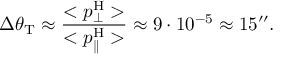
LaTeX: \Delta \theta _ { \mathrm { { T } } } \approx \frac { < p _ { \bot } ^ { \mathrm { { H } } } > } { < p _ { \parallel } ^ { \mathrm { { H } } } > } \approx 9 \cdot 1 0 ^ { - 5 } \approx 1 5 ^ { \prime \prime } .